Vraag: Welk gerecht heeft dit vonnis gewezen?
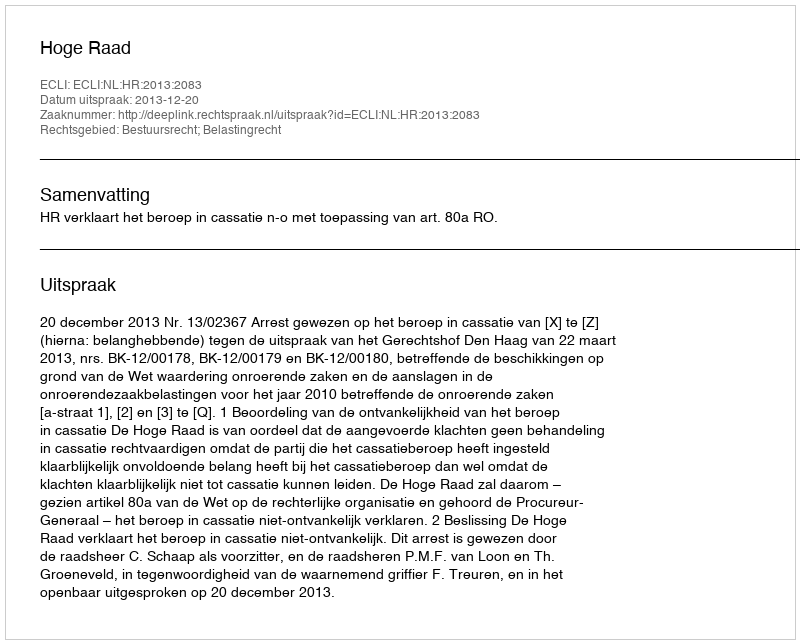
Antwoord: Hoge Raad